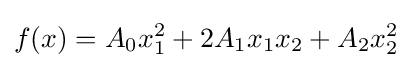
\displaystyle f(x)=A_{0}x_{1}^{2}+2A_{1}x_{1}x_{2}+A_{2}x_{2}^{2}